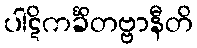
ပါဋိကင်္ခိတဗ္ဗာနီတိ